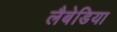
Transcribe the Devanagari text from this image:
लैबेडिया